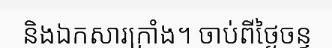
និងឯកសារក្រាំង។ ចាប់ពីថ្ងៃចន្ទ